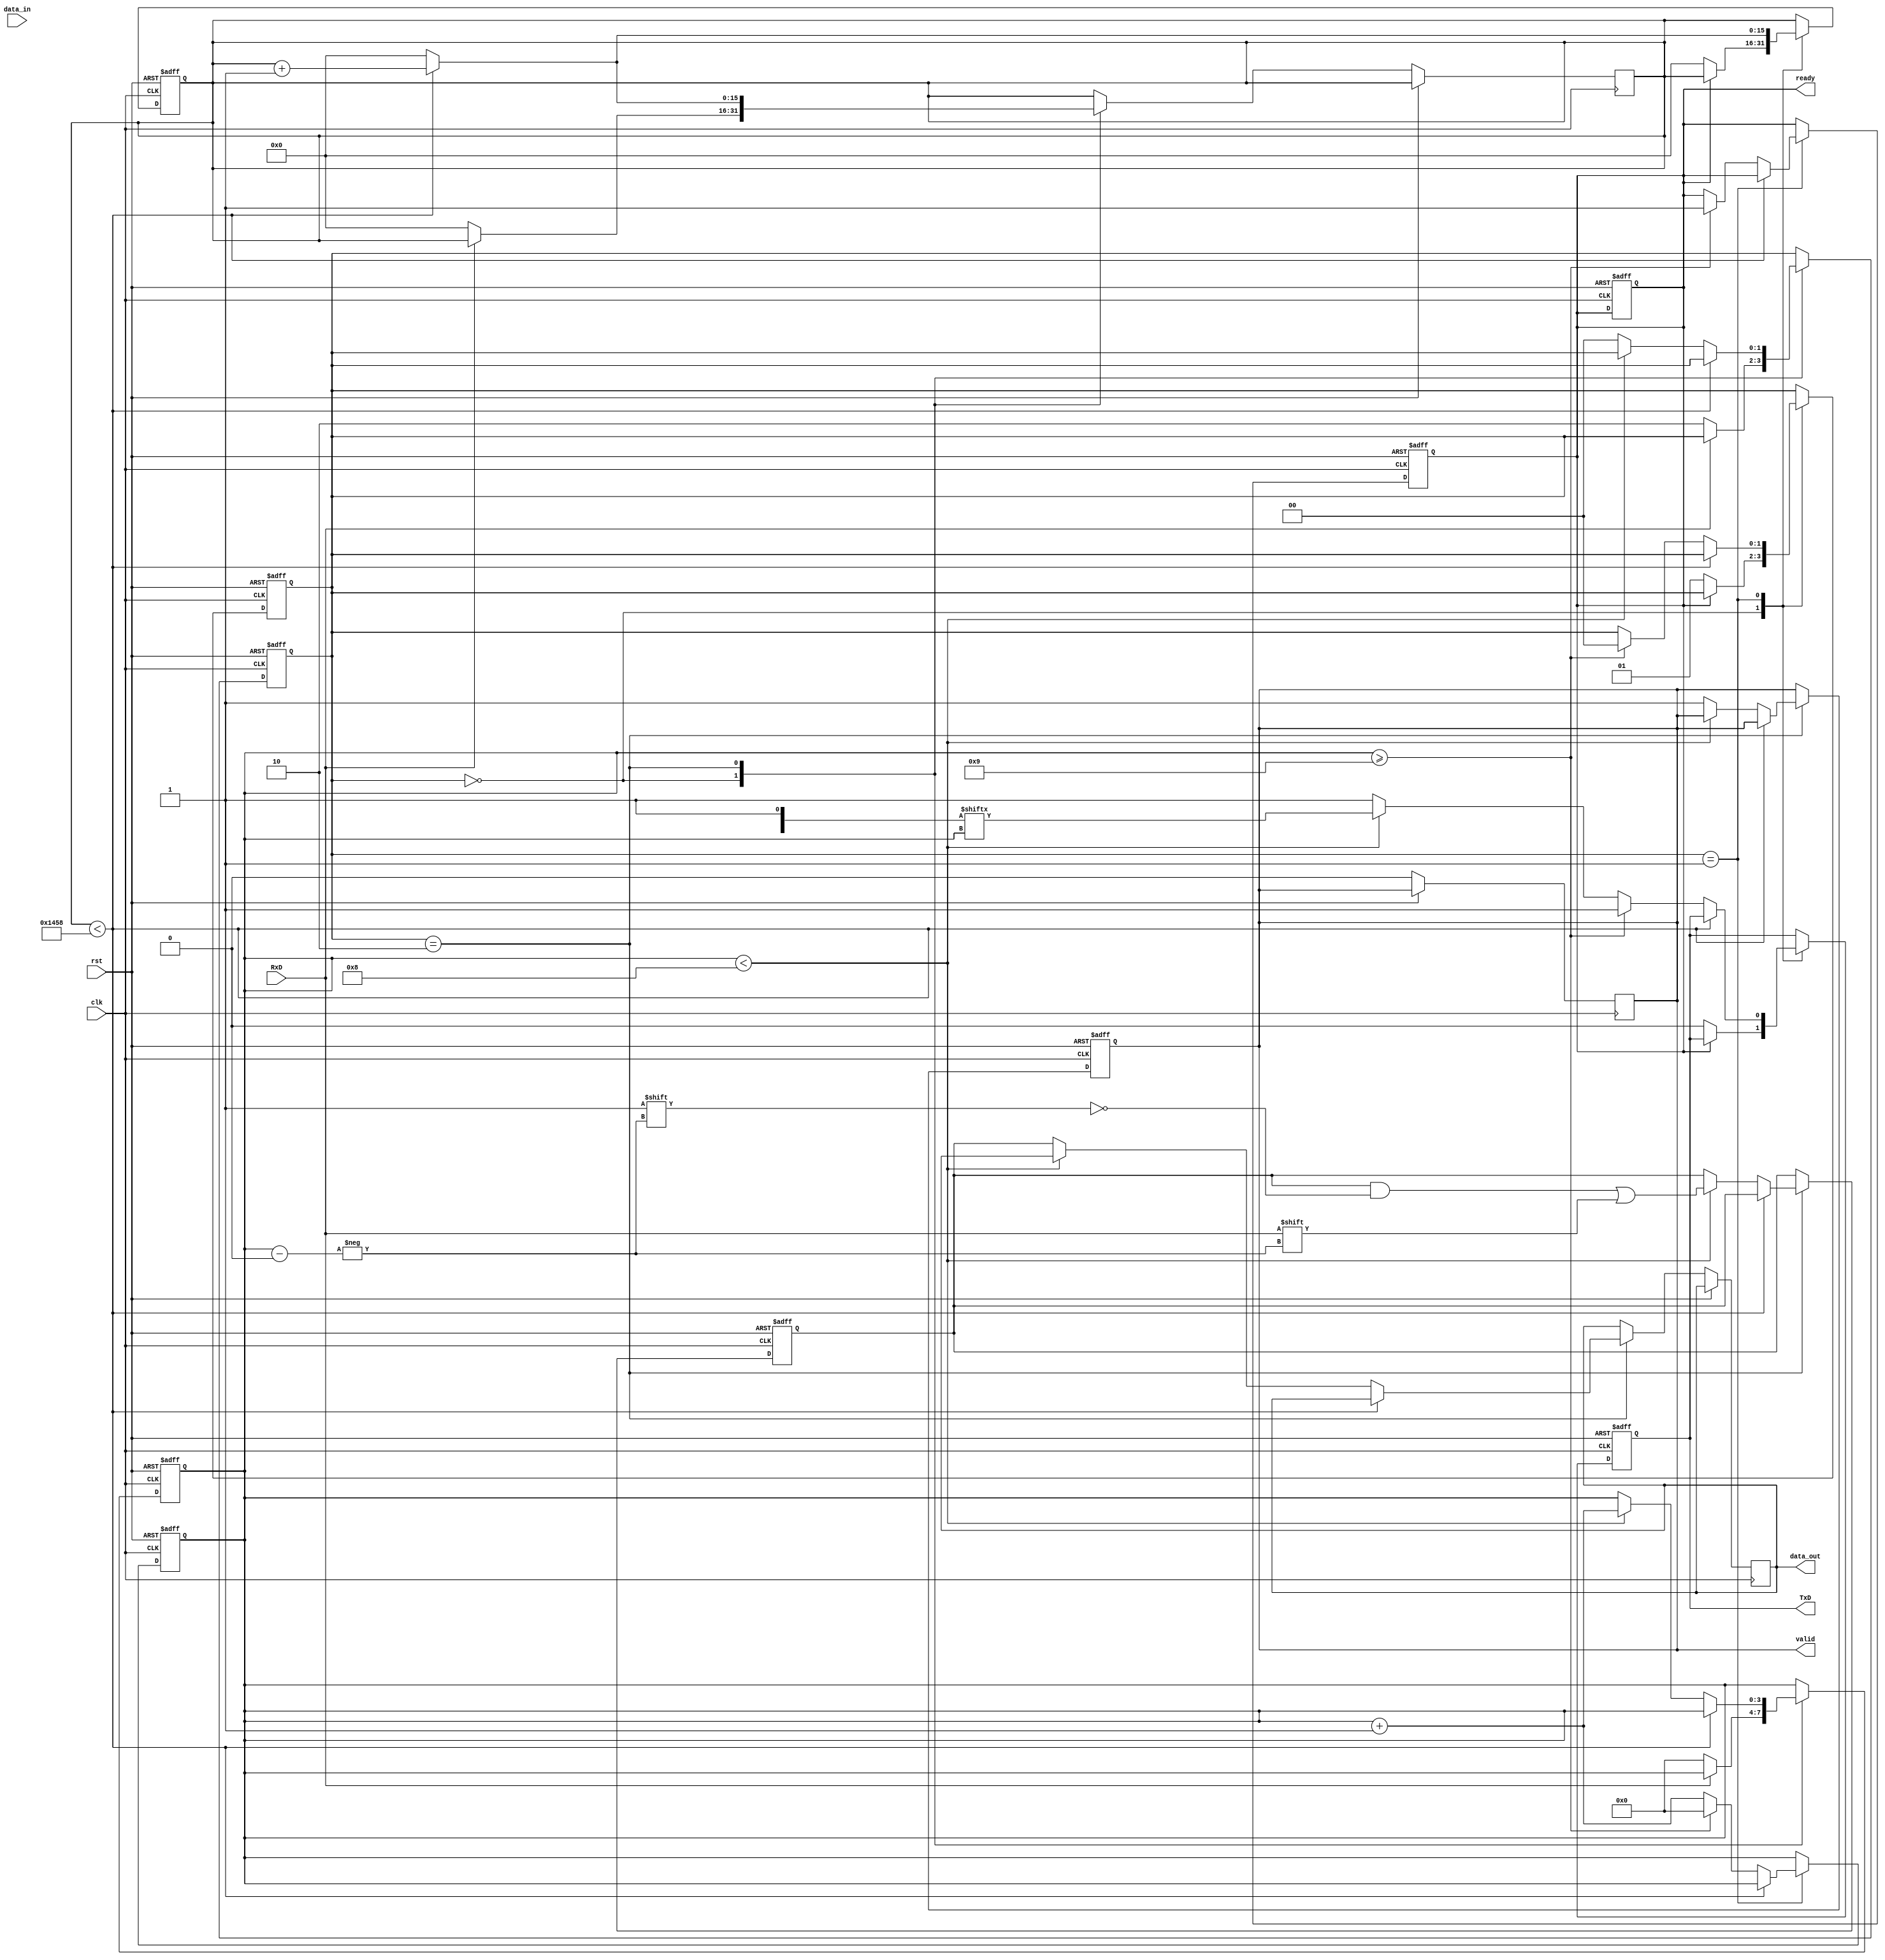
module parameterized_uart #(
    parameter BAUD_RATE = 9600,
    parameter DATA_BITS = 8,
    parameter STOP_BITS = 1,
    parameter PARITY = "NONE" // Options: "NONE", "EVEN", "ODD"
)(
    input wire clk,
    input wire rst,
    input wire RxD,
    output reg TxD,
    input wire [DATA_BITS-1:0] data_in,
    output reg [DATA_BITS-1:0] data_out,
    output reg valid,
    output reg ready
);

    // Baud rate generation logic
    localparam CLOCK_FREQ = 50000000; // Example: 50 MHz system clock
    localparam BAUD_RATE_DIV = CLOCK_FREQ / BAUD_RATE;

    // Internal signals
    reg [15:0] baud_counter;
    reg [3:0] bit_index;
    reg [1:0] state; // 0: idle, 1: transmit, 2: receive
    reg [DATA_BITS-1:0] tx_shift_reg;
    reg [DATA_BITS-1:0] rx_shift_reg;
    reg rx_ready;
    reg parity_bit;

    // State encoding
    localparam IDLE = 2'b00;
    localparam TX_START = 2'b01;
    localparam RX_START = 2'b10;

    // Transmitter logic
    always @(posedge clk or posedge rst) begin
        if (rst) begin
            TxD <= 1'b1; // Idle state for TxD is high
            baud_counter <= 0;
            bit_index <= 0;
            state <= IDLE;
            ready <= 1'b1;
        end else begin
            case (state)
                IDLE: begin
                    if (!ready) begin // Start transmission
                        TxD <= 1'b0; // Start bit
                        state <= TX_START;
                        baud_counter <= 0;
                    end
                end
                TX_START: begin
                    if (baud_counter < BAUD_RATE_DIV) begin
                        baud_counter <= baud_counter + 1;
                    end else begin
                        baud_counter <= 0;
                        if (bit_index < DATA_BITS) begin
                            TxD <= tx_shift_reg[bit_index]; // Send data bits
                            bit_index <= bit_index + 1;
                        end else begin
                            // Handle parity bit
                            if (PARITY == "EVEN") begin
                                parity_bit = ~^tx_shift_reg;
                                TxD <= parity_bit;
                            end else if (PARITY == "ODD") begin
                                parity_bit = ^tx_shift_reg;
                                TxD <= parity_bit;
                            end else begin
                                TxD <= 1'b1; // No parity
                            end
                            bit_index <= bit_index + 1;
                        end
                        if (bit_index >= DATA_BITS + (PARITY != "NONE" ? 1 : 0) + STOP_BITS) begin
                            TxD <= 1'b1; // Stop bit
                            state <= IDLE;
                            ready <= 1'b1; // Ready for next data
                            bit_index <= 0;
                        end
                    end
                end
            endcase
        end
    end

    // Receiver logic
    always @(posedge clk or posedge rst) begin
        if (rst) begin
            rx_shift_reg <= 0;
            bit_index <= 0;
            state <= IDLE;
            valid <= 1'b0;
            rx_ready <= 1'b0;
        end else begin
            case (state)
                IDLE: begin
                    if (!RxD) begin // Start bit detected
                        state <= RX_START;
                        baud_counter <= 0;
                        bit_index <= 0;
                    end
                end
                RX_START: begin
                    if (baud_counter < BAUD_RATE_DIV) begin
                        baud_counter <= baud_counter + 1;
                    end else begin
                        baud_counter <= 0;
                        if (bit_index < DATA_BITS) begin
                            rx_shift_reg[bit_index] <= RxD; // Receive data bits
                            bit_index <= bit_index + 1;
                        end else begin
                            // Handle parity check
                            if (PARITY == "EVEN" || PARITY == "ODD") begin
                                // Check received parity (implementation not shown)
                            end
                            valid <= 1'b1; // Data received
                            data_out <= rx_shift_reg;
                            state <= IDLE;
                        end
                    end
                end
            endcase
        end
    end

    // Control logic
    always @(posedge clk or posedge rst) begin
        if (rst) begin
            ready <= 1'b1;
        end else begin
            if (valid) begin
                valid <= 1'b0; // Clear valid signal after reading
            end
        end
    end

endmodule